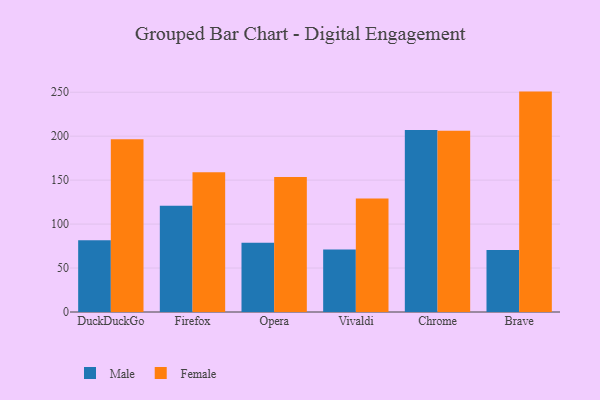
{"axis": {"x": "Browser", "y": "Gross Profit (USD K)"}, "legend": ["Female", "Male"], "data": [{"x": "DuckDuckGo", "y": 81.5, "type": "Male"}, {"x": "DuckDuckGo", "y": 196.6, "type": "Female"}, {"x": "Firefox", "y": 120.8, "type": "Male"}, {"x": "Firefox", "y": 159.1, "type": "Female"}, {"x": "Opera", "y": 78.7, "type": "Male"}, {"x": "Opera", "y": 153.6, "type": "Female"}, {"x": "Vivaldi", "y": 71.0, "type": "Male"}, {"x": "Vivaldi", "y": 129.1, "type": "Female"}, {"x": "Chrome", "y": 206.9, "type": "Male"}, {"x": "Chrome", "y": 206.1, "type": "Female"}, {"x": "Brave", "y": 70.4, "type": "Male"}, {"x": "Brave", "y": 250.7, "type": "Female"}]}